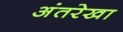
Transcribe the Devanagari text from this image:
अंतरेखा